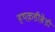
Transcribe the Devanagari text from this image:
हथक़डीब़ेडी